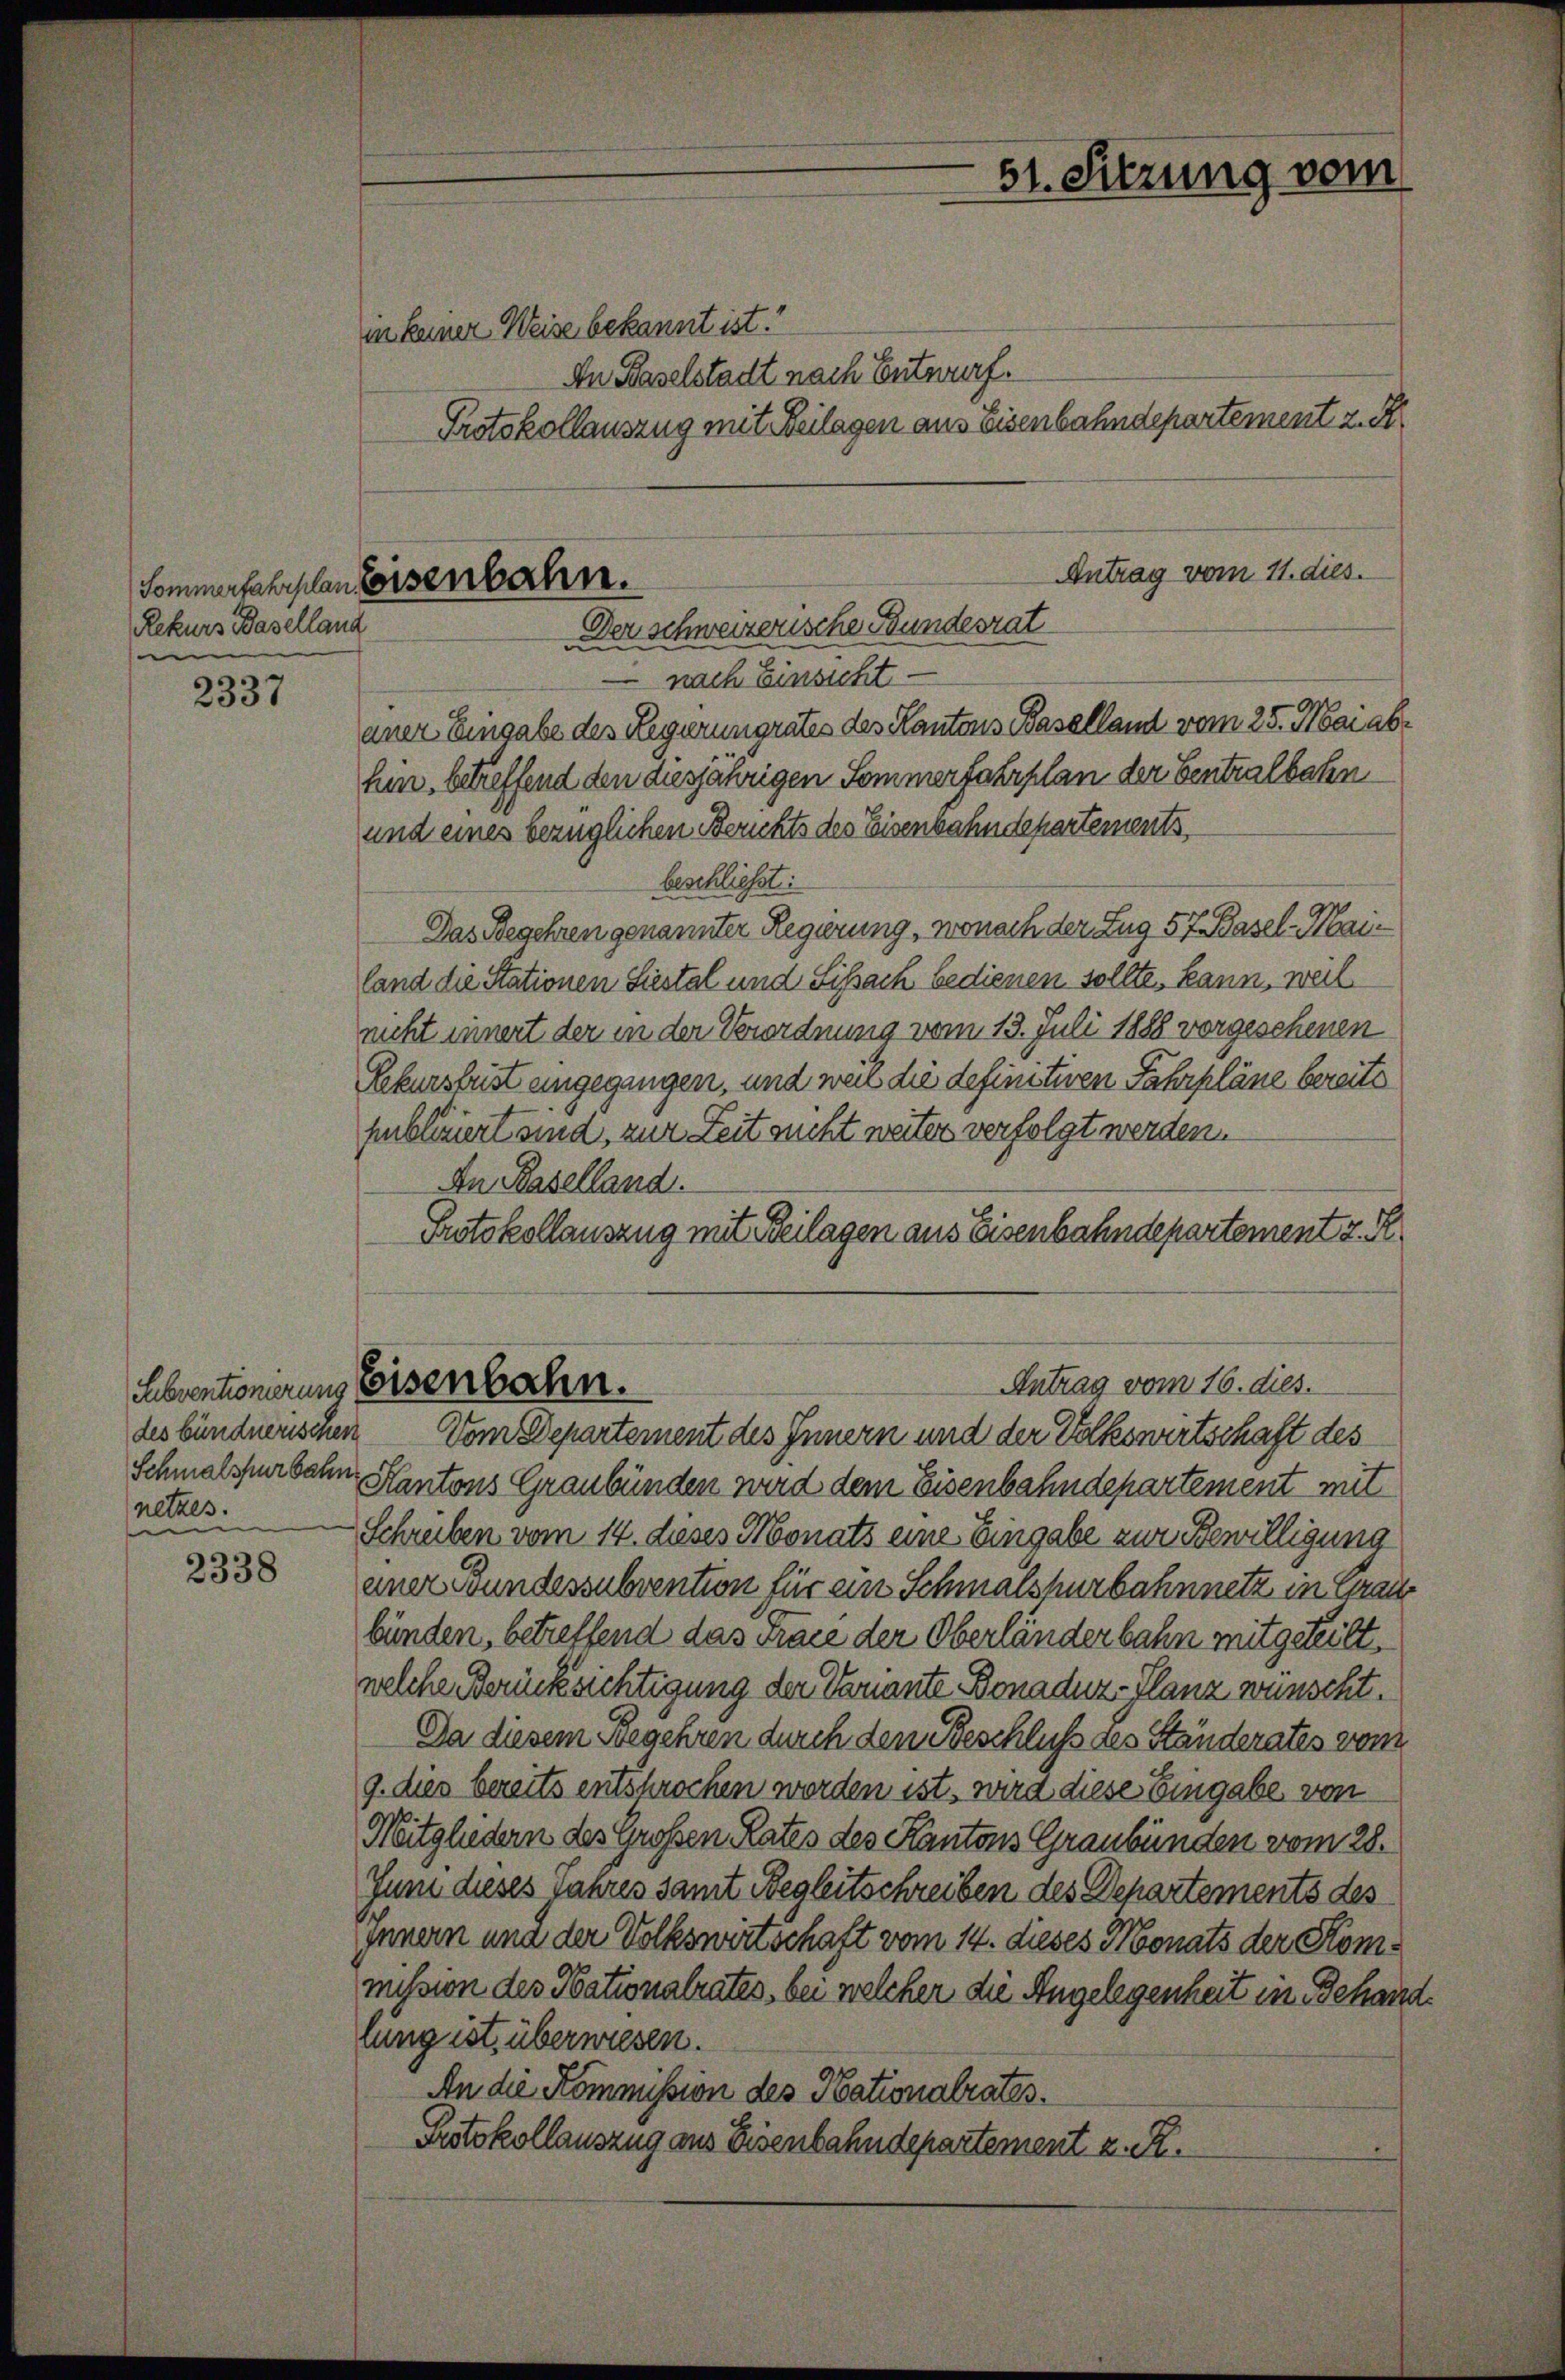
Rekurs Baselland
e

2337

des bündnerischen
netzes.
e

2338

in keiner Weise bekannt ist.
An Baselstadt nach Entwurf.
Protokollauszug mit Beilagen aus Eisenbahndepartement z. R.
nach Einsicht.
aner Eingabe des Regierungrates des Kantons Baselland vom 25. Mai ab.
hin, betreffend den diesjährigen Sommerfahrplan der Centralbahn
und eines bezüglichen Berichts des Eisenbahndepartements
beschließt:
Das Begehren genannter Regierung, wonach der Zug 57 Basel-Mailand die Stationen Liestal und Sissach bedienen sollte, kann, weil
nicht innert der in der Verordnung vom 13. Juli 1888 vorgesehenen
Rekursbest eingegangen, und weil die definitiven Fahrpläne bereite
hublauert sind, zur Zeit nicht weiter verfolgt werden.
An Baselland.
Protokollauszug mit Beilagen aus Eisenbahndepartement z. R.

Antrag vom 11. dies.
Sommerfahrplan eisenbahn.
Der schweizerische Bundesrat

Subventionierens Eisenbahn.

51. Sitzung vom

Antrag vom 16. dies

Vom Departement des Innern und der Volkswirtschaft des
Schmalzerbahn, Kantons Graubünden wird dem Eisenbahndepartement mit
Schreiben vom 14. dieses Monats eine Eingabe zur Bewilligung
ener Bundessubvention für ein Schmalshurbahnnetz in Grau
bünden, betreffend das Frace der Oberländerbahn mitgeteilt.
welche Berücksichtigung der Vernante Bonaduz-Planz wünscht.
Da diesem Begehren durch den Beschluß des Ständerates von
g. dies bereits entsprochen werden ist, wird diese Eingabe von
Mitgliedern des Großen Rates des Kantons Graubünden vom 28.
Juni dieses Jahres samt Begleitschreiben des Departements des
Innern und der Volkswirtschaft vom 14. dieses Monats der Kommission des Nationalrates, bei welcher die Angelegenheit in Behandlung ist, überwiesen.
An die Kommission des Nationalrates.
Protokollauszug aus Eisenbahndepartement z. R.